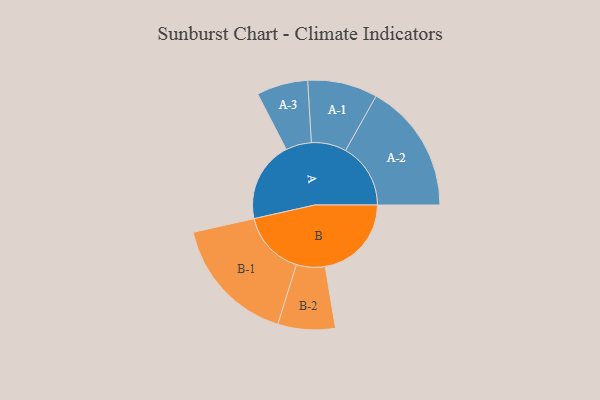
{"axis": {"x": "Segment", "y": "Value"}, "legend": ["", "A", "B"], "data": [{"x": "A", "y": 346, "type": ""}, {"x": "B", "y": 370, "type": ""}, {"x": "A-1", "y": 150, "type": "A"}, {"x": "A-2", "y": 279, "type": "A"}, {"x": "A-3", "y": 110, "type": "A"}, {"x": "B-1", "y": 276, "type": "B"}, {"x": "B-2", "y": 123, "type": "B"}]}